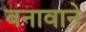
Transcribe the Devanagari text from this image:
बनावाने